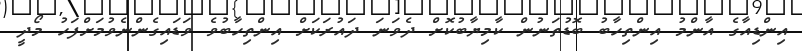
އިންޑިއާގެ އާންމު އިންތިހާބު ބޮޑުތަނުން ކާމިޔާބުކޮށް ދެވަނަ ދައުރަކަށް އިންތިހާބުވެ ވަޑައިގެންނެވުމަށްފަހު މޯދީ